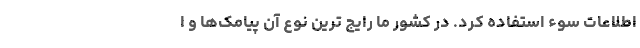
اطلاعات سوء استفاده کرد. در کشور ما رایج ترین نوع آن پیامک‌ها و ا